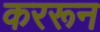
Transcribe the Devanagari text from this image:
कररून